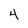
Character: 4